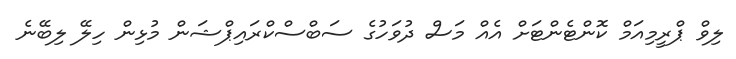
ލިވް ޕްރީމިއަމް ކޮންޓެންޓަށް އެއް މަސް ދުވަހުގެ ސަބްސްކްރައިޕްޝަން މުޅިން ހިލޭ ލިބޭނެ